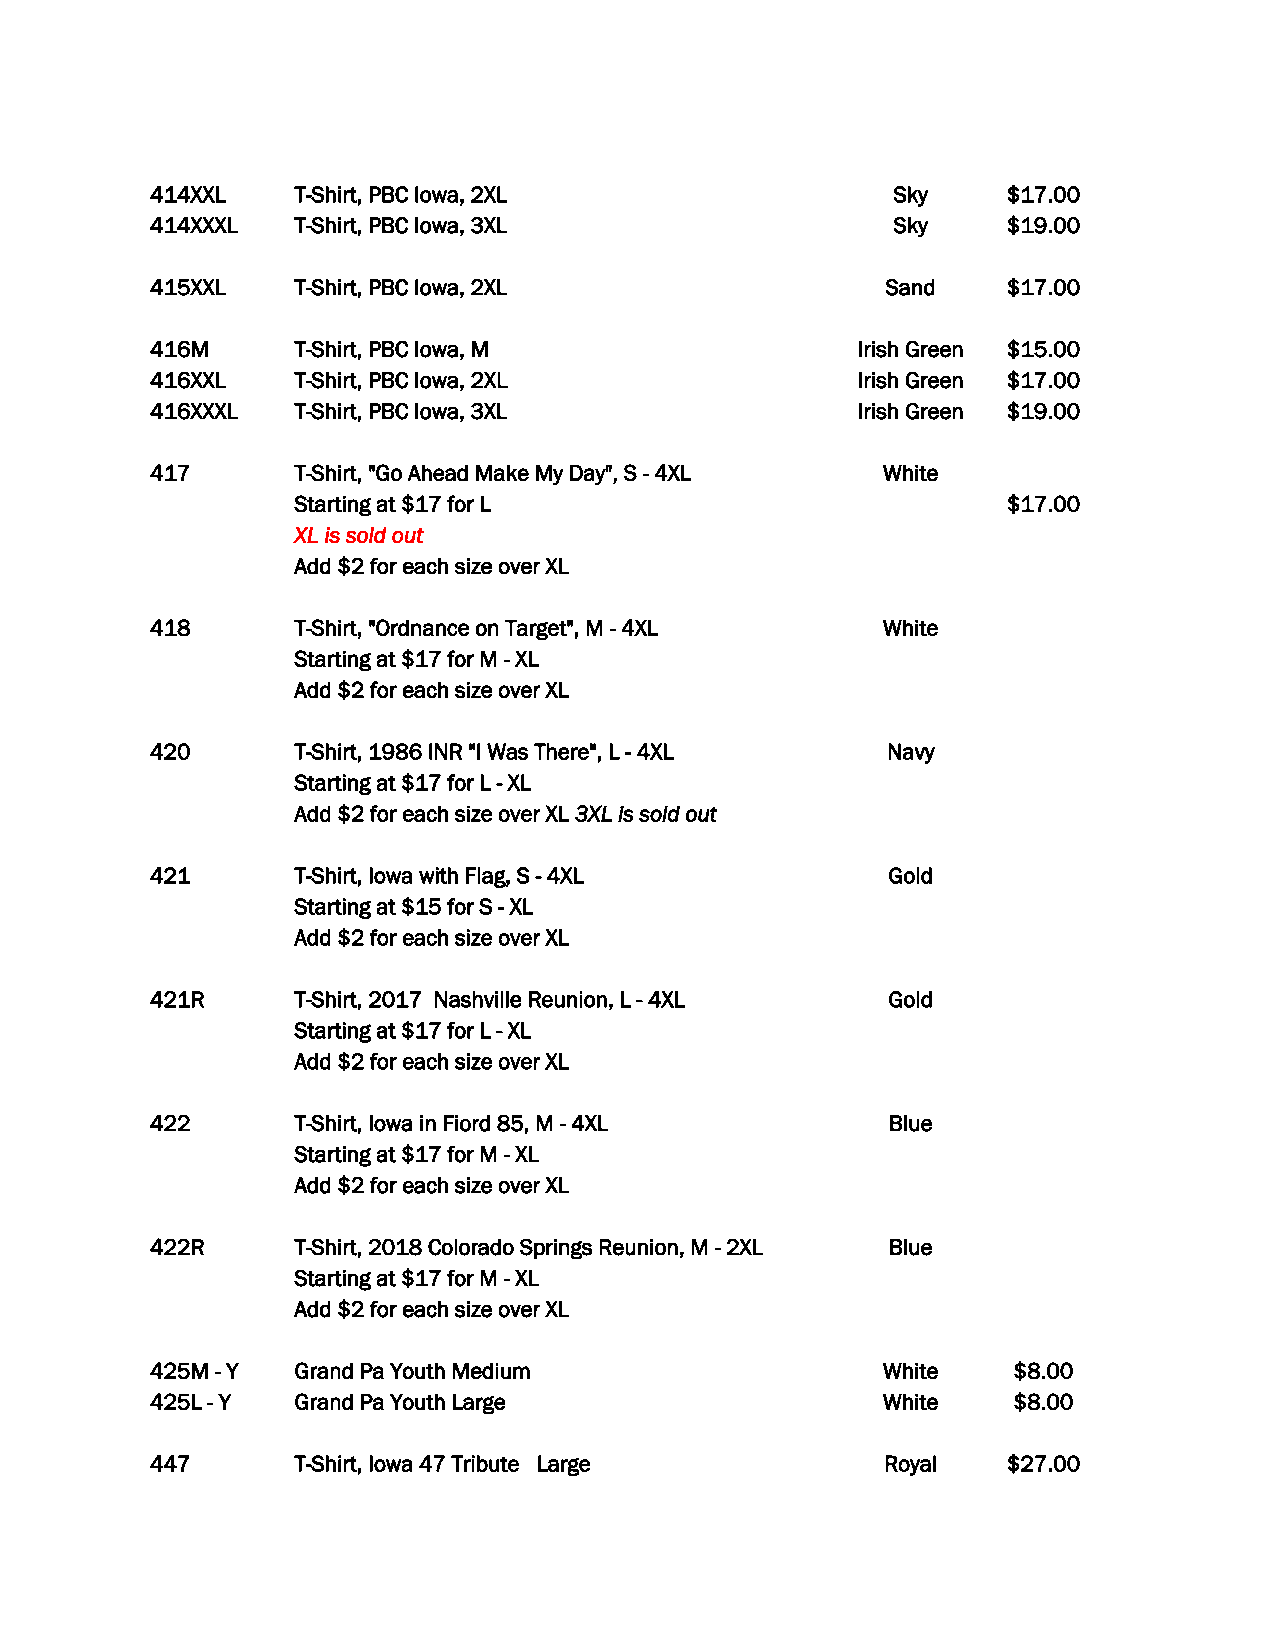
414XXL    T-Shirt, PBC Iowa, 2XL                 Sky     $17.00
 414XXXL   T-Shirt, PBC Iowa, 3XL                 Sky     $19.00
 415XXL    T-Shirt, PBC Iowa, 2XL                 Sand    $17.00
 416M      T-Shirt, PBC Iowa, M                 Irish Green $15.00
 416XXL    T-Shirt, PBC Iowa, 2XL               Irish Green $17.00
 416XXXL   T-Shirt, PBC Iowa, 3XL               Irish Green $19.00
 417       T-Shirt, "Go Ahead Make My Day", S - 4XL White
 Starting at $17 for L                          $17.00
 XL is sold out
 Add $2 for each size over XL
 418       T-Shirt, "Ordnance on Target", M - 4XL White
 Starting at $17 for M - XL
 Add $2 for each size over XL
 420       T-Shirt, 1986 INR "I Was There", L - 4XL Navy
 Starting at $17 for L - XL
 Add $2 for each size over XL 3XL is sold out
 421       T-Shirt, Iowa with Flag, S - 4XL       Gold
 Starting at $15 for S - XL
 Add $2 for each size over XL
 421R      T-Shirt, 2017 Nashville Reunion, L - 4XL Gold
 Starting at $17 for L - XL
 Add $2 for each size over XL
 422       T-Shirt, Iowa in Fiord 85, M - 4XL     Blue
 Starting at $17 for M - XL
 Add $2 for each size over XL
 422R      T-Shirt, 2018 Colorado Springs Reunion, M - 2XL Blue
 Starting at $17 for M - XL
 Add $2 for each size over XL
 425M - Y  Grand Pa Youth Medium                 White    $8.00
 425L - Y  Grand Pa Youth Large                  White    $8.00
 447       T-Shirt, Iowa 47 Tribute Large         Royal   $27.00